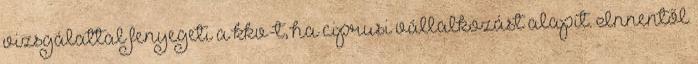
vizsgálattal fenyegeti a kkv-t, ha ciprusi vállalkozást alapít. Innentől